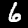
Label: 6